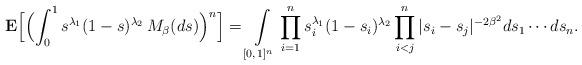
LaTeX: \begin{align*}{\bf{E}} \Bigl[\Bigl(\int_0^1 s^{\lambda_1}(1-s)^{\lambda_2} \,M_\beta(ds)\Bigr)^n\Bigr] = \int\limits_{[0,\,1]^n} \prod_{i=1}^ns_i^{\lambda_1}(1-s_i)^{\lambda_2} \prod_{i<j}^n|s_i-s_j|^{-2\beta^2} ds_1\cdots ds_n.\end{align*}